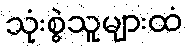
သုံးစွဲသူများထံ